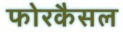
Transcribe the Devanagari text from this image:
फोरकैसल